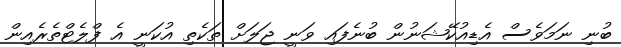
ބުނި ނަމަވެސް އެޑިއުކޭޝަނުން ބުނެފައި ވަނީ ޖަލަށް ތަކެތި އުކަނީ އެ ފްލެޓްތެރެއިން